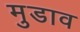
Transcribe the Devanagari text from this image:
मुडाव